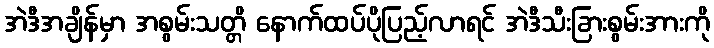
အဲဒီအချိန်မှာ အစွမ်းသတ္တိ နောက်ထပ်ပိုပြည့်လာရင် အဲဒီသီးခြားစွမ်းအားကို